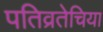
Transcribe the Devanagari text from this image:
पतिव्रतेचिया